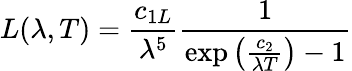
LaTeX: L(\lambda,T)={\frac{c_{1L}}{\lambda^{5}}}{\frac{1}{\exp\left({\frac{c_{2}}{\lambda T}}\right)-1}}